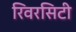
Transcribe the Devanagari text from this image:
रिवरसिटी